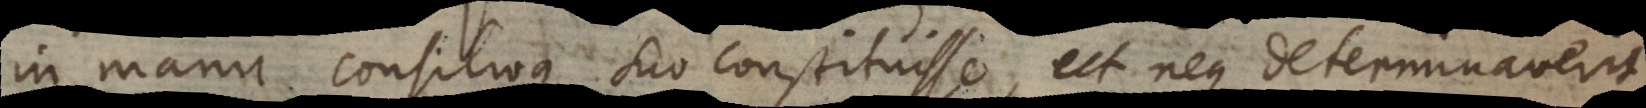
in manu consilioque suo constituisse, ut neque determinaverit